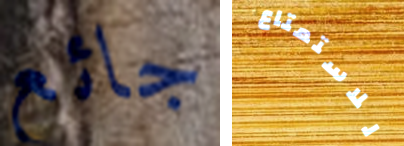
جائع للاستمتاع